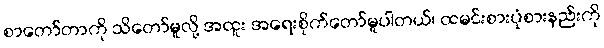
စာတော်တာကို သိတော်မူလို့ အထူး အရေးစိုက်တော်မူပါတယ်၊ ထမင်းစားပုံစားနည်းကို